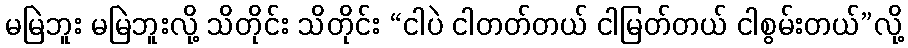
မမြဲဘူး မမြဲဘူးလို့ သိတိုင်း သိတိုင်း “ငါပဲ ငါတတ်တယ် ငါမြတ်တယ် ငါစွမ်းတယ်”လို့